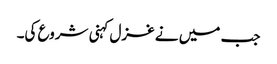
جب میں نے غزل کہنی شروع کی۔